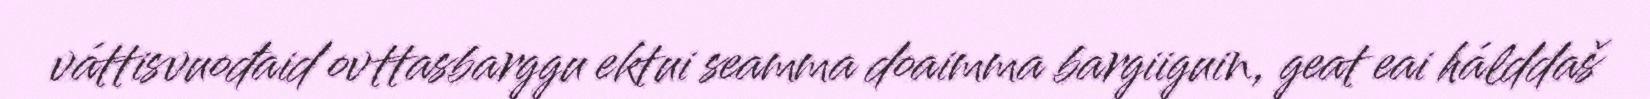
váttisvuođaid ovttasbarggu ektui seamma doaimma bargiiguin, geat eai hálddaš